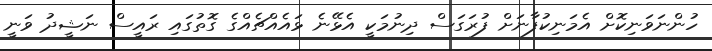
ހުންނަވަނިކޮށް އެމަނިކުފާނަށް ފުރަގަސް ދިނުމަކީ އެޅޭނެ ޅައެއްޗެއްގެ ގޮތުގައި ރައީސް ނަޝީދު ވަނީ